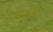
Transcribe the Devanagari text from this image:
वारुबाई